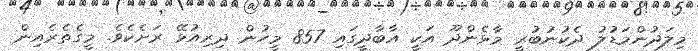
މިލަދުންމަޑުލު ދެކުނުބުރީ މާޅެންދޫ އަކީ އާބާދީގައި 857 މީހުން ދިރިއުޅޭ ރަށެކެވެ. މީގެތެރެއިން